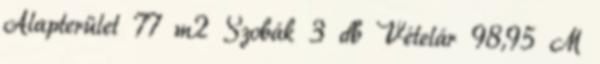
Alapterület 77 m2 Szobák 3 db Vételár 98,95 M